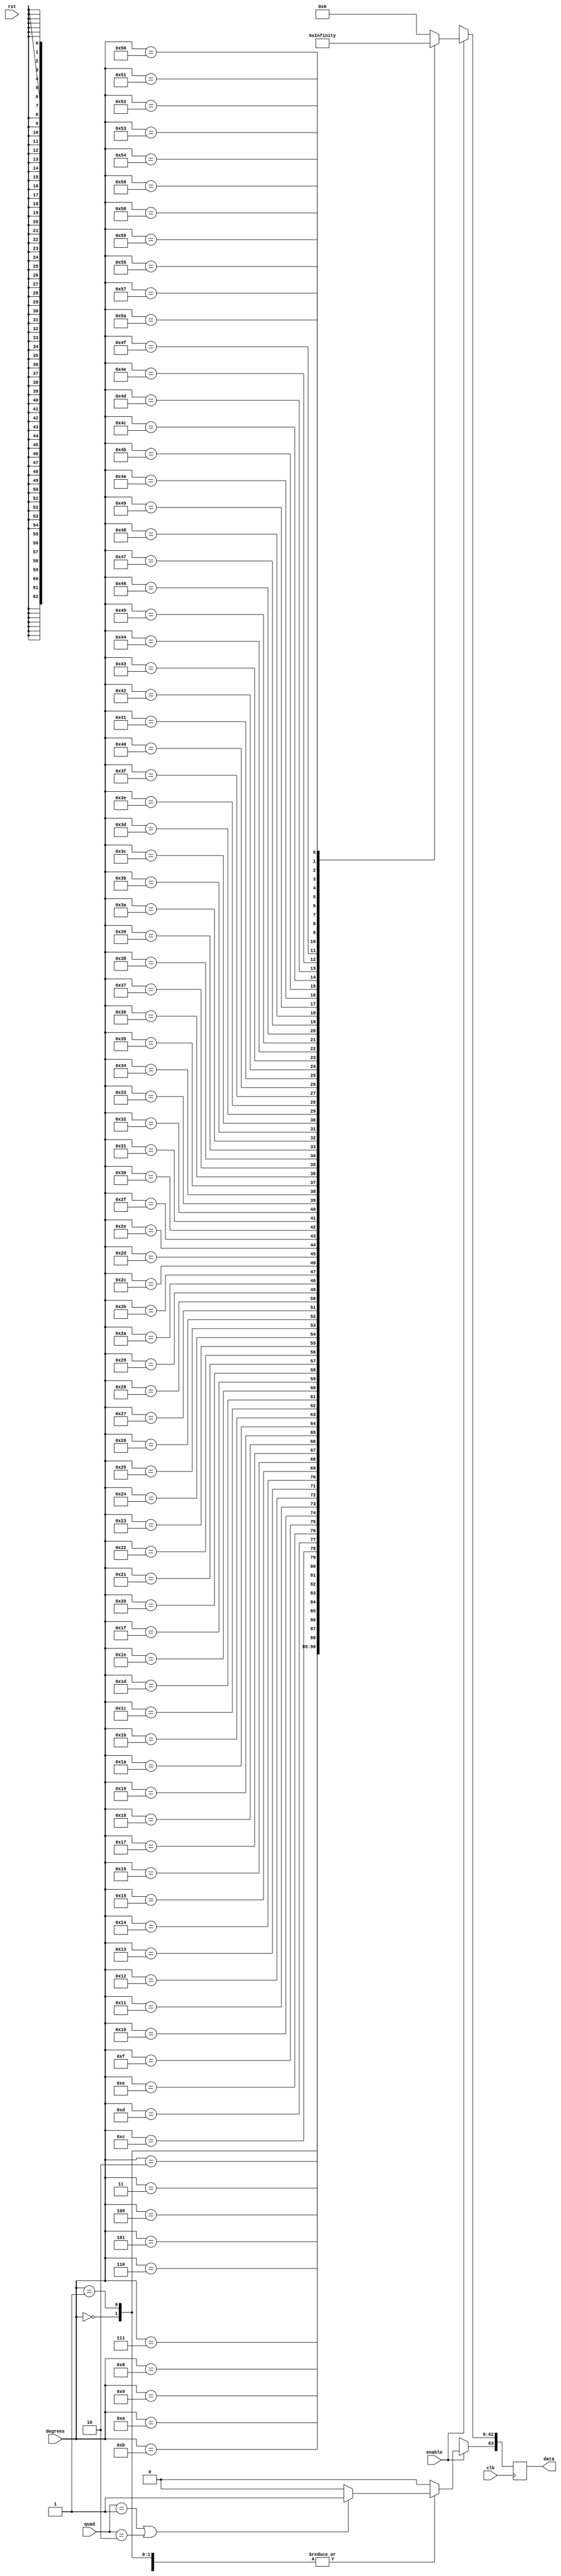
`define INPUT_WIDTH 32
`define INPUT_WIDTH 32
`define INPUT_WIDTH 32
`define INPUT_WIDTH 32
`define INPUT_WIDTH 32
`define INPUT_WIDTH 32
`define INPUT_WIDTH 32
`define INPUT_WIDTH 32

module secant_lut (quad, enable, degrees, data, rst, clk);

input [1:0] quad;
input enable;
input rst;
input [`INPUT_WIDTH-1:0] degrees ;
input clk;

//////////////inputs/////////////////

output reg [63:0] data;

//////////////output/////////////////


always@(posedge clk )

//needs to be positive in first and fourth quadrants

 begin
        if (quad == 2'b01 || quad == 2'b10)
        begin
        data[63] <= 1'b1;
        end

        else
        begin
        data[63] <= 1'b0;
        end

	if(enable)
	case (degrees)

// look up table
	  
`INPUT_WIDTH'd0  : data[62:0] <= 64'h3ff0000000000000;
`INPUT_WIDTH'd1  : data[62:0] <= 64'h3ff0009fba3f7835;
`INPUT_WIDTH'd2  : data[62:0] <= 64'h3ff0027f274d432f;
`INPUT_WIDTH'd3  : data[62:0] <= 64'h3ff0059f0252e0bc;
`INPUT_WIDTH'd4  : data[62:0] <= 64'h3ff00a008406617c;
`INPUT_WIDTH'd5  : data[62:0] <= 64'h3ff00fa563d53203;
`INPUT_WIDTH'd6  : data[62:0] <= 64'h3ff0168fd9895209;
`INPUT_WIDTH'd7  : data[62:0] <= 64'h3ff01ec29f6be927;
`INPUT_WIDTH'd8  : data[62:0] <= 64'h3ff02840f4e91085;
`INPUT_WIDTH'd9  : data[62:0] <= 64'h3ff0330ea1b99998;
`INPUT_WIDTH'd10 : data[62:0] <= 64'h3ff03f2ff9989907;
`INPUT_WIDTH'd11 : data[62:0] <= 64'h3ff04ca9e08b8cb6;
`INPUT_WIDTH'd12 : data[62:0] <= 64'h3ff05b81cfc51885;
`INPUT_WIDTH'd13 : data[62:0] <= 64'h3ff06bbddb2b91b8;
`INPUT_WIDTH'd14 : data[62:0] <= 64'h3ff07d64b78dea34;
`INPUT_WIDTH'd15 : data[62:0] <= 64'h3ff0907dc1930690;
`INPUT_WIDTH'd16 : data[62:0] <= 64'h3ff0a51105712a50;
`INPUT_WIDTH'd17 : data[62:0] <= 64'h3ff0bb27477cf20f;
`INPUT_WIDTH'd18 : data[62:0] <= 64'h3ff0d2ca0da1530d;
`INPUT_WIDTH'd19 : data[62:0] <= 64'h3ff0ec03a9d451e4;
`INPUT_WIDTH'd20 : data[62:0] <= 64'h3ff106df459ea072;
`INPUT_WIDTH'd21 : data[62:0] <= 64'h3ff12368eecf1f68;
`INPUT_WIDTH'd22 : data[62:0] <= 64'h3ff141ada5766662;
`INPUT_WIDTH'd23 : data[62:0] <= 64'h3ff161bb6b4a03f3;
`INPUT_WIDTH'd24 : data[62:0] <= 64'h3ff183a154932d8b;
`INPUT_WIDTH'd25 : data[62:0] <= 64'h3ff1a76f9ad128b7;
`INPUT_WIDTH'd26 : data[62:0] <= 64'h3ff1cd37b13ce9c7;
`INPUT_WIDTH'd27 : data[62:0] <= 64'h3ff1f50c5b61511e;
`INPUT_WIDTH'd28 : data[62:0] <= 64'h3ff21f01c602373c;
`INPUT_WIDTH'd29 : data[62:0] <= 64'h3ff24b2da2943b49;
`INPUT_WIDTH'd30 : data[62:0] <= 64'h3ff279a74590331c;
`INPUT_WIDTH'd31 : data[62:0] <= 64'h3ff2aa87c7f7612a;
`INPUT_WIDTH'd32 : data[62:0] <= 64'h3ff2ddea2c696f6a;
`INPUT_WIDTH'd33 : data[62:0] <= 64'h3ff313eb883ae676;
`INPUT_WIDTH'd34 : data[62:0] <= 64'h3ff34cab310ac280;
`INPUT_WIDTH'd35 : data[62:0] <= 64'h3ff3884aef684af8;
`INPUT_WIDTH'd36 : data[62:0] <= 64'h3ff3c6ef372fe94f;
`INPUT_WIDTH'd37 : data[62:0] <= 64'h3ff408bf665efb99;
`INPUT_WIDTH'd38 : data[62:0] <= 64'h3ff44de60b3c3d86;
`INPUT_WIDTH'd39 : data[62:0] <= 64'h3ff4969132d53891;
`INPUT_WIDTH'd40 : data[62:0] <= 64'h3ff4e2f2c0fa463b;
`INPUT_WIDTH'd41 : data[62:0] <= 64'h3ff53340d31354d4;
`INPUT_WIDTH'd42 : data[62:0] <= 64'h3ff587b62f6162b3;
`INPUT_WIDTH'd43 : data[62:0] <= 64'h3ff5e092c2857578;
`INPUT_WIDTH'd44 : data[62:0] <= 64'h3ff63e1c2d781ad9;
`INPUT_WIDTH'd45 : data[62:0] <= 64'h3ff6a09e667f3bcc;
`INPUT_WIDTH'd46 : data[62:0] <= 64'h3ff7086c7026f77d;
`INPUT_WIDTH'd47 : data[62:0] <= 64'h3ff775e129d20b11;
`INPUT_WIDTH'd48 : data[62:0] <= 64'h3ff7e9603e24eb24;
`INPUT_WIDTH'd49 : data[62:0] <= 64'h3ff863573463a808;
`INPUT_WIDTH'd50 : data[62:0] <= 64'h3ff8e43eaadf9333;
`INPUT_WIDTH'd51 : data[62:0] <= 64'h3ff96c9bc1d2abfe;
`INPUT_WIDTH'd52 : data[62:0] <= 64'h3ff9fd01bf93f3a3;
`INPUT_WIDTH'd53 : data[62:0] <= 64'h3ffa9613f8fd7861;
`INPUT_WIDTH'd54 : data[62:0] <= 64'h3ffb38880b4603e4;
`INPUT_WIDTH'd55 : data[62:0] <= 64'h3ffbe52877982345;
`INPUT_WIDTH'd56 : data[62:0] <= 64'h3ffc9cd7b485648a;
`INPUT_WIDTH'd57 : data[62:0] <= 64'h3ffd6093ce555fa5;
`INPUT_WIDTH'd58 : data[62:0] <= 64'h3ffe317ab5700fce;
`INPUT_WIDTH'd59 : data[62:0] <= 64'h3fff10cf62336e2d;
`INPUT_WIDTH'd60 : data[62:0] <= 64'h3ffffffffffffffe;
`INPUT_WIDTH'd61 : data[62:0] <= 64'h40008056af82561c;
`INPUT_WIDTH'd62 : data[62:0] <= 64'h40010a59ff3c94be;
`INPUT_WIDTH'd63 : data[62:0] <= 64'h40019f1b8c9526ef;
`INPUT_WIDTH'd64 : data[62:0] <= 64'h40023fd71f682340;
`INPUT_WIDTH'd65 : data[62:0] <= 64'h4002edfb187b1137;
`INPUT_WIDTH'd66 : data[62:0] <= 64'h4003ab32fb93a3a4;
`INPUT_WIDTH'd67 : data[62:0] <= 64'h40047974b96de77f;
`INPUT_WIDTH'd68 : data[62:0] <= 64'h40055b11998752bf;
`INPUT_WIDTH'd69 : data[62:0] <= 64'h400652cbf905707c;
`INPUT_WIDTH'd70 : data[62:0] <= 64'h400763f38fb4cf92;
`INPUT_WIDTH'd71 : data[62:0] <= 64'h4008928aa26c4c06;
`INPUT_WIDTH'd72 : data[62:0] <= 64'h4009e3779b97f4a7;
`INPUT_WIDTH'd73 : data[62:0] <= 64'h400b5cc824ec982d;
`INPUT_WIDTH'd74 : data[62:0] <= 64'h400d060d6ac58d68;
`INPUT_WIDTH'd75 : data[62:0] <= 64'h400ee8dd4748bf16;
`INPUT_WIDTH'd76 : data[62:0] <= 64'h401088c56499f43a;
`INPUT_WIDTH'd77 : data[62:0] <= 64'h4011c819f29be021;
`INPUT_WIDTH'd78 : data[62:0] <= 64'h40133d2b00047f05;
`INPUT_WIDTH'd79 : data[62:0] <= 64'h4014f69f907046fe;
`INPUT_WIDTH'd80 : data[62:0] <= 64'h401708fb2129168b;
`INPUT_WIDTH'd81 : data[62:0] <= 64'h401991df41de341a;
`INPUT_WIDTH'd82 : data[62:0] <= 64'h401cbdbe5febffaf;
`INPUT_WIDTH'd83 : data[62:0] <= 64'h402069387b617567;
`INPUT_WIDTH'd84 : data[62:0] <= 64'h4023222ff85e6006;
`INPUT_WIDTH'd85 : data[62:0] <= 64'h4026f28a8ae3aafa;
`INPUT_WIDTH'd86 : data[62:0] <= 64'h402cabd2100d0374;
`INPUT_WIDTH'd87 : data[62:0] <= 64'h40331b797e990db2;
`INPUT_WIDTH'd88 : data[62:0] <= 64'h403ca7596e271c6c;
`INPUT_WIDTH'd89 : data[62:0] <= 64'h404ca63b6cba7b49;
`INPUT_WIDTH'd90 : data[62:0] <= 64'h7ff0000000000000;


default:data <= 64'h0;

endcase

else 
  data <= 64'hxxxxxxxxxxxxxxx;



end

endmodule